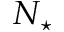
N _ { \star }